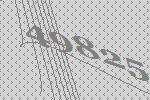
49825